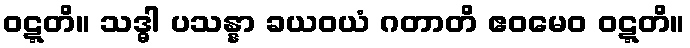
ဝဋ္ဋတိ။ သဒ္ဓါ ပသန္နာ ခယဝယံ ဂတာတိ ဧဝမေဝ ဝဋ္ဋတိ။